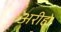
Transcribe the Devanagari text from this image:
अरीहा